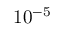
1 0 ^ { - 5 }